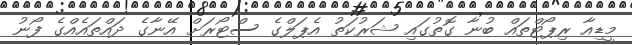
މީޑިއާ ރިޕޯޓްތައް ބުނާ ގޮތުގައި ޝަރުކަތު އެޕަލްގެ ސްޓޯރަށް އޭނާގެ ދައްތައެއްގެ ފޯނު